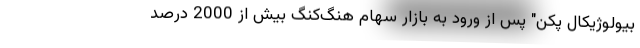
بیولوژیکال پکن" پس از ورود به بازار سهام هنگ‌کنگ بیش از 2000 درصد